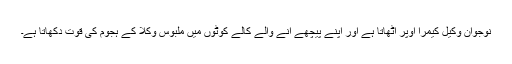
نوجوان وکیل کیمرا اوپر اٹھاتا ہے اور اپنے پیچھے آنے والے کالے کوٹوں میں ملبوس وکلا کے ہجوم کی قوت دکھاتا ہے۔